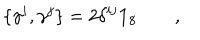
\{ \gamma ^ { i } , \gamma ^ { j } \} = 2 \delta ^ { i j } \mathbf { 1 } _ { 8 } \qquad ,